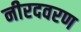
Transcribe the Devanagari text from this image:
नीरदवरण